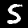
Digit: 5